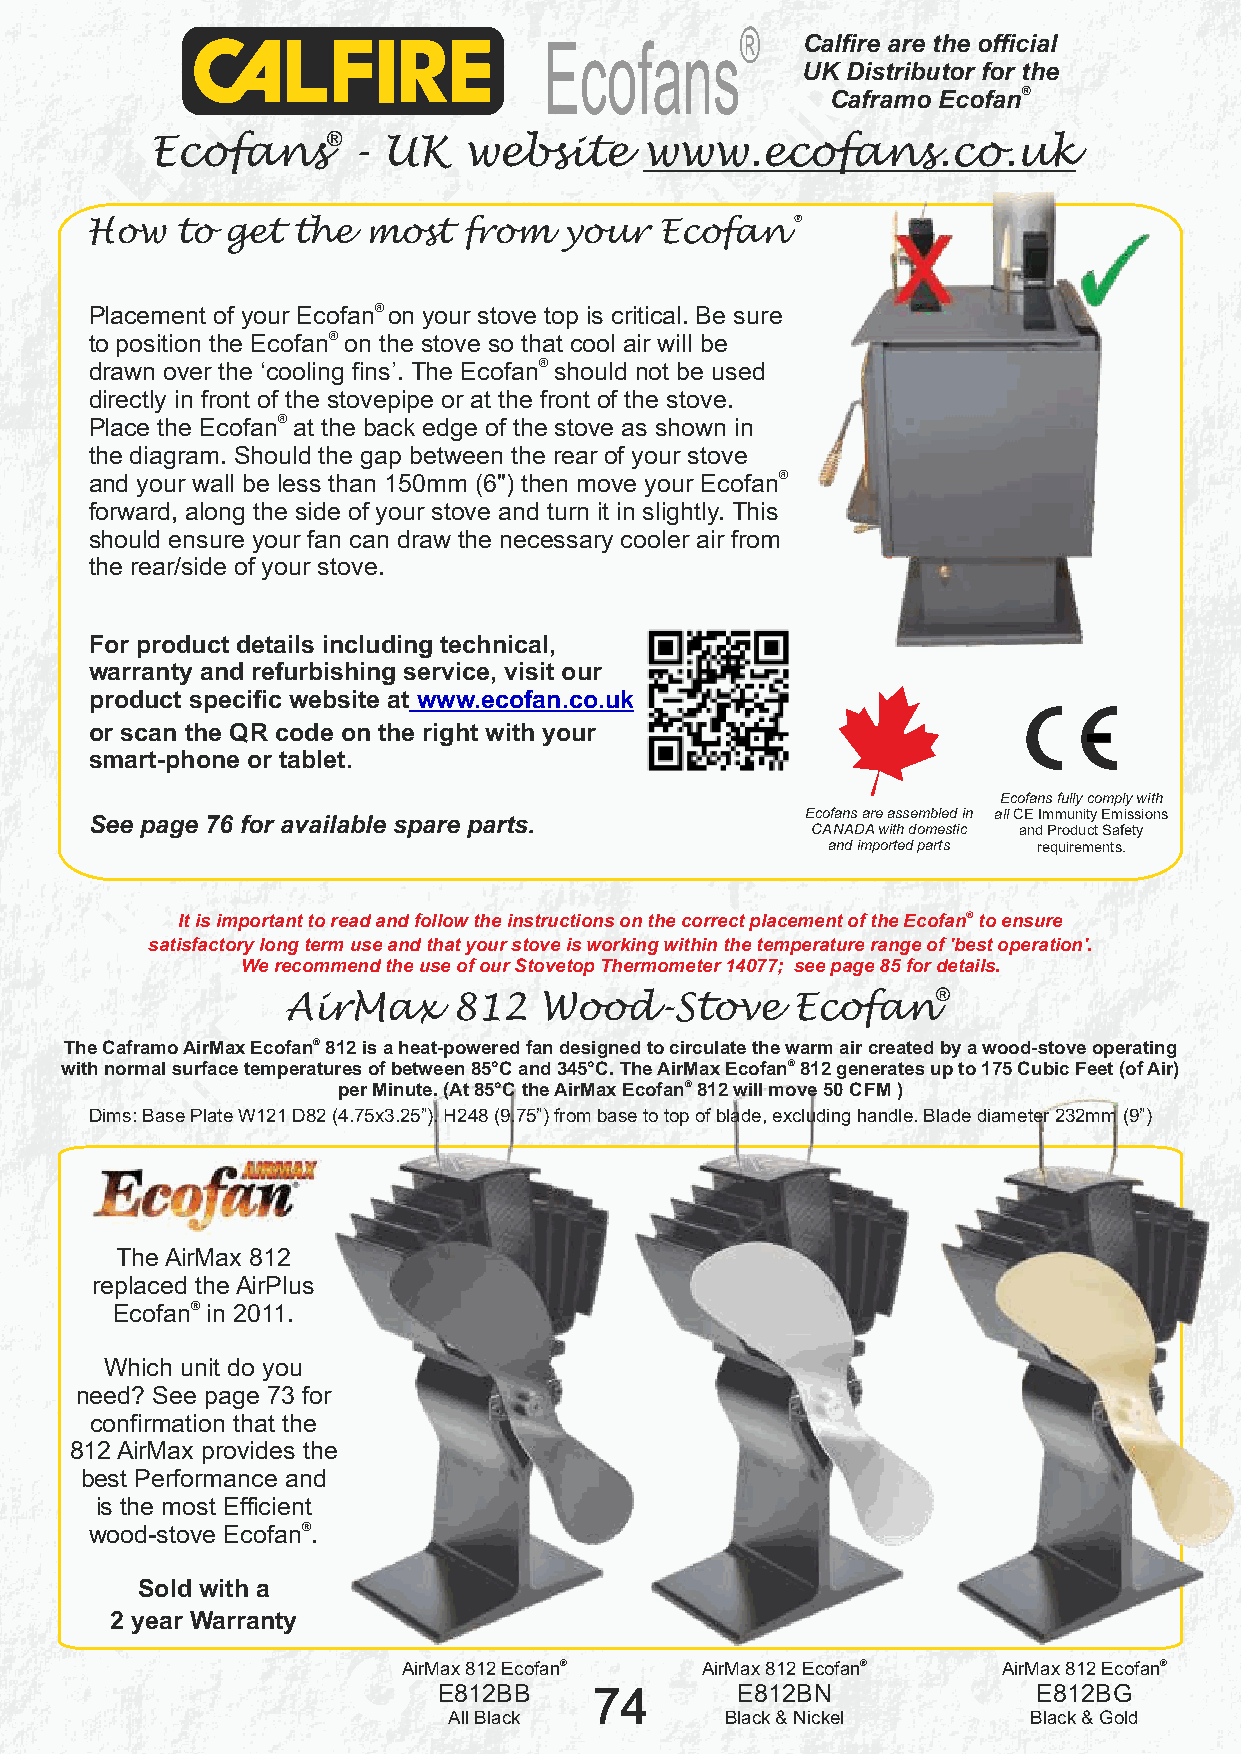
®
 Ecofans          Calfire are the official
 UK Distributor for the
 Caframo Ecofan®
 ®
 Ecofans      - UK    website     www.ecofans.co.uk
 How   to get the  most   from  your   Ecofan®
 Placement of your Ecofan® on your stove top is critical. Be sure
 to position the Ecofan® on the stove so that cool air will be
 drawn over the ‘cooling fins’. The Ecofan® should not be used
 directly in front of the stovepipe or at the front of the stove.
 Place the Ecofan® at the back edge of the stove as shown in
 the diagram. Should the gap between the rear of your stove
 and your wall be less than 150mm (6") then move your Ecofan®
 forward, along the side of your stove and turn it in slightly. This
 should ensure your fan can draw the necessary cooler air from
 the rear/side of your stove.
 For product details including technical,
 warranty and refurbishing service, visit our
 cc
 product specific website at www.ecofan.co.uk
 or scan the QR code on the right with your
 smart-phone or tablet.
 Ecofans fully comply with
 See page 76 for available spare parts.         Ecofans are assembled in all CE Immunity Emissions
 CANADA with domestic and Product Safety
 and imported parts requirements.
 It is important to read and follow the instructions on the correct placement of the Ecofan® to ensure
 satisfactory long term use and that your stove is working within the temperature range of 'best operation'.
 We recommend the use of our Stovetop Thermometer 14077; see page 85 for details.
 ®
 AirMax     812   Wood-Stove      Ecofan
 The Caframo AirMax Ecofan® 812 is a heat-powered fan designed to circulate the warm air created by a wood-stove operating
 with normal surface temperatures of between 85°C and 345°C. The AirMax Ecofan® 812 generates up to 175 Cubic Feet (of Air)
 per Minute. (At 85°C the AirMax Ecofan® 812 will move 50 CFM )
 Dims: Base Plate W121 D82 (4.75x3.25”). H248 (9.75”) from base to top of blade, excluding handle. Blade diameter 232mm (9”)
 The AirMax 812
 replaced the AirPlus
 Ecofan® in 2011.
 Which unit do you
 need? See page 73 for
 confirmation that the
 812 AirMax provides the
 best Performance and
 is the most Efficient
 wood-stove Ecofan®.
 Sold with a
 2 year Warranty
 AirMax 812 Ecofan® AirMax 812 Ecofan®  AirMax 812 Ecofan®
 E812BB    74        E812BN              E812BG
 All Black         Black & Nickel      Black & Gold